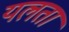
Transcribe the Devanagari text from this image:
यलता